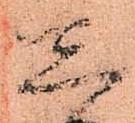
し